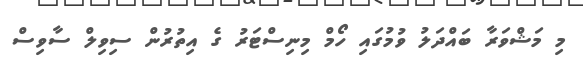
މި މަޝްވަރާ ބައްދަލު ވުމުގައި ހޯމް މިނިސްޓަރު ގެ އިތުރުން ސިވިލް ސާވިސް